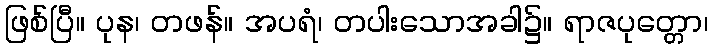
ဖြစ်ပြီ။ ပုန၊ တဖန်။ အပရံ၊ တပါးသောအခါ၌။ ရာဇပုတ္တော၊